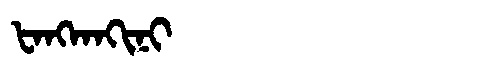
Manchu: ᡶᠠᠩᡴᠠᡴᡳᠨᡳ
Romanization: FANGKAKINI